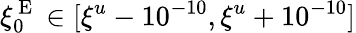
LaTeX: \xi_{0}^{\mathrm{~E~}}\in[\xi^{u}-10^{-10},\xi^{u}+10^{-10}]